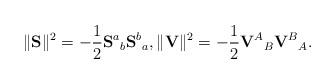
LaTeX: \begin{align*}\|\mathbf{S}\|^{2}=-\frac{1}{2}\mathbf{S}^{a}{}_{b}\mathbf{S}^{b}{}_{a},\|\mathbf{V}\|^{2}=-\frac{1}{2}\mathbf{V}^{A}{}_{B}\mathbf{V}^{B}{}_{A}.\end{align*}